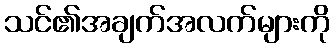
သင်၏အချက်အလက်များကို